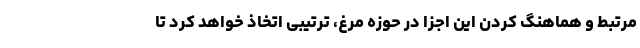
مرتبط و هماهنگ کردن این اجزا در حوزه مرغ، ترتیبی اتخاذ خواهد کرد تا